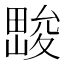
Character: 𱰽